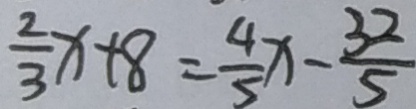
\frac { 2 } { 3 } x + 8 = \frac { 4 } { 5 } x - \frac { 3 2 } { 5 }